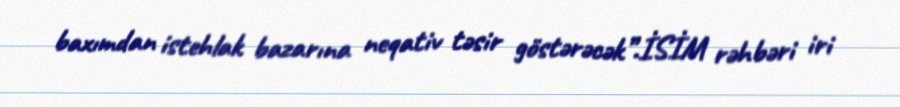
baxımdan istehlak bazarına neqativ təsir göstərəcək”.İSİM rəhbəri iri